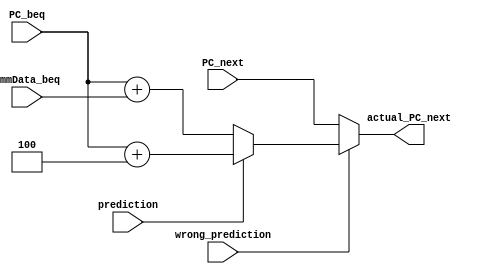
`timescale 1ns / 1ps
//////////////////////////////////////////////////////////////////////////////////
// Company: 
// Engineer: 
// 
// Design Name: 
// Module Name: PC_wrong_pred_PC_next_MUX
// Project Name: 
// Target Devices: 
// Tool Versions: 
// Description: 
// 
// Dependencies: 
// 
// Revision:
// Revision 0.01 - File Created
// Additional Comments:
// 
//////////////////////////////////////////////////////////////////////////////////


module PC_wrong_pred_PC_next_MUX(
    input [31:0] PC_beq,
    input [31:0] immData_beq,
    input wrong_prediction,
    input prediction,
    input [31:0] PC_next,
    output reg [31:0] actual_PC_next
    );
    
    always@(*)
    begin
        if(wrong_prediction == 1'b1)
        begin
            if(prediction == 1'b0) //NT
            begin
                actual_PC_next <= PC_beq + immData_beq;
            end
            
            else
            begin
                actual_PC_next <= PC_beq + 4;
            end
        end
        
        else
        begin
            actual_PC_next <= PC_next;
        end
    end
    
endmodule